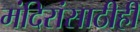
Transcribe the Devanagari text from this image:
मंदिरांसाठीही